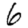
Digit: 6